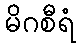
မိဂစီရံ